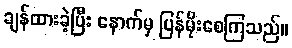
ချန်ထားခဲ့ပြီး နောက်မှ ပြန်မိုးစေကြသည်။